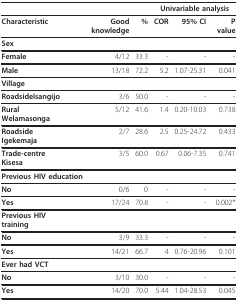
|  |  |  | <COLSPAN=3> Univariable analysis |
 | --- | --- | --- | --- | --- | --- |
 | Characteristic | Good knowledge | % | COR | 95% CI | P value |
 | Sex |  |  |  |  |  |
 | Female | 4/12 | 33.3 | - | - | - |
 | Male | 13/18 | 72.2 | 5.2 | 1.07-25.31 | 0.041 |
 | Village |  |  |  |  |  |
 | RoadsideIsangijo | 3/6 | 50.0 | - | - | - |
 | Rural Welamasonga | 5/12 | 41.6 | 1.4 | 0.20-10.03 | 0.738 |
 | Roadside Igekemaja | 2/7 | 28.6 | 2.5 | 0.25-24.72 | 0.433 |
 | Trade-centre Kisesa | 3/5 | 60.0 | 0.67 | 0.06-7.35 | 0.741 |
 | <COLSPAN=2> Previous HIV education |  |  |  |  |
 | No | 0/6 | 0 | - | - | - |
 | Yes | 17/24 | 70.8 | - | - | 0.002* |
 | Previous HIV training |  |  |  |  |  |
 | No | 3/9 | 33.3 | - | - | - |
 | Yes | 14/21 | 66.7 | 4 | 0.76-20.96 | 0.101 |
 | Ever had VCT |  |  |  |  |  |
 | No | 3/10 | 30.0 | - | - | - |
 | Yes | 14/20 | 70.0 | 5.44 | 1.04-28.53 | 0.045 |